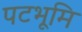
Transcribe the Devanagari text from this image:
पटभूमि